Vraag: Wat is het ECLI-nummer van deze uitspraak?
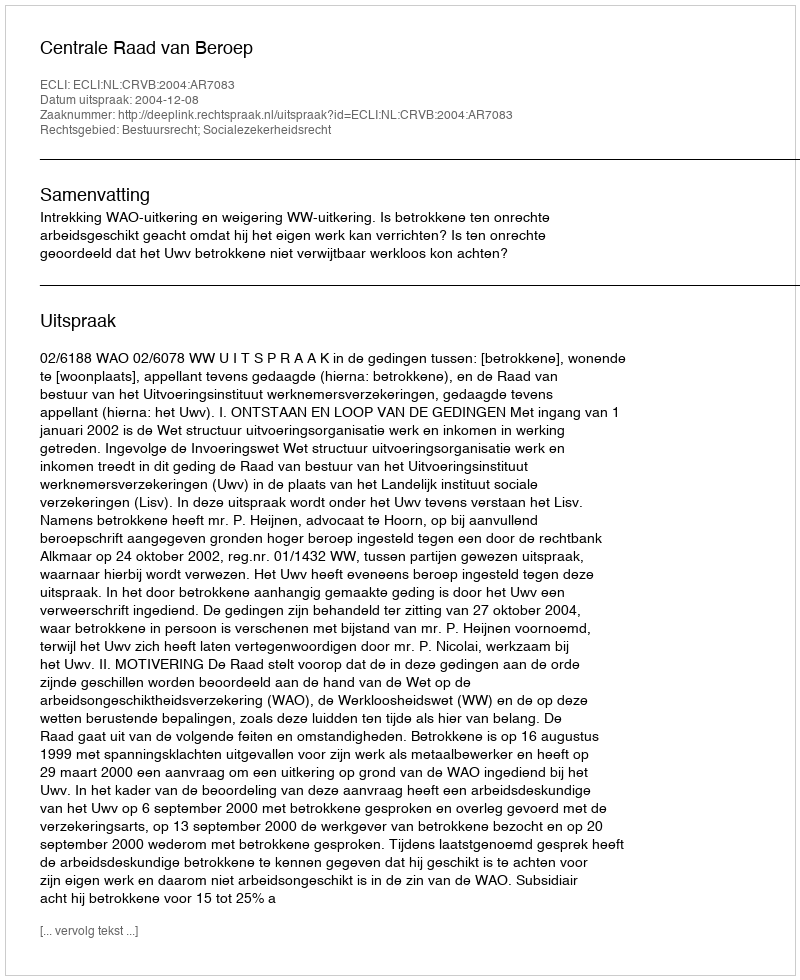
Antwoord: ECLI:NL:CRVB:2004:AR7083